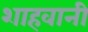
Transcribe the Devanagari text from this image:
शाहवानी